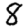
Digit: 8